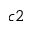
_ { c 2 }